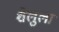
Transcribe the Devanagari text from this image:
शेलुला